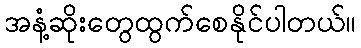
အနံ့ဆိုးတွေထွက်စေနိုင်ပါတယ်။